Malaria in the Punjab - Number 46
Disease focus: Malaria
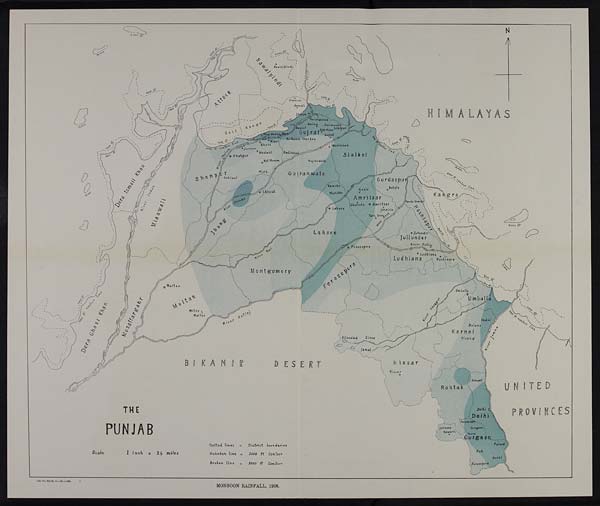
B I K A N I R
DESERT
J N
D
PROVINCES
THE
PUNJAB
Scale
I inch = 24 miles
Dotted Lines
= District boundaries
Unbroken Line
1000 ft Contour
Broken. Line
=
2000 ft
Contour